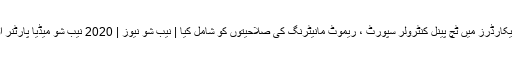
میٹرکس نے مایویکس 6020 ریموٹ ریکارڈرز میں ٹچ پینل کنٹرولر سپورٹ ، ریموٹ مانیٹرنگ کی صلاحیتوں کو شامل کیا | نیب شو نیوز | 2020 نیب شو میڈیا پارٹنر اور نیب شو کے پروڈیوسر لائیو دکھائیں۔